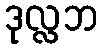
ဒုလ္လဘ